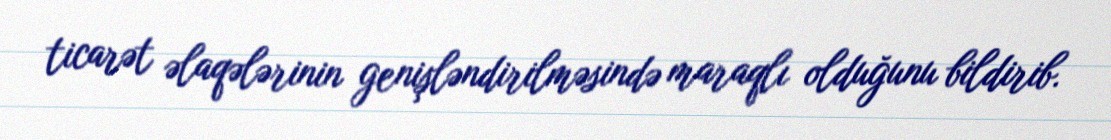
ticarət əlaqələrinin genişləndirilməsində maraqlı olduğunu bildirib.